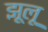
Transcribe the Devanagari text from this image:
झूलू